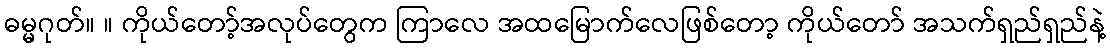
ဓမ္မဂုတ်။ ။ ကိုယ်တော့်အလုပ်တွေက ကြာလေ အထမြောက်လေဖြစ်တော့ ကိုယ်တော် အသက်ရှည်ရှည်နဲ့